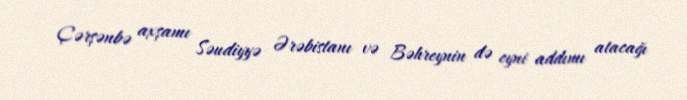
Çərşənbə axşamı Səudiyyə Ərəbistanı və Bəhreynin də eyni addımı atacağı